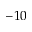
- 1 0